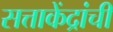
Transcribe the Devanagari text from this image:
सत्ताकेंद्रांची